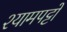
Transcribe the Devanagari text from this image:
श्यामपट्टों